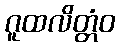
ဂူထလိတ္တံဝ